画像に写った文字を読んでください
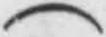
「(」と書いてあります